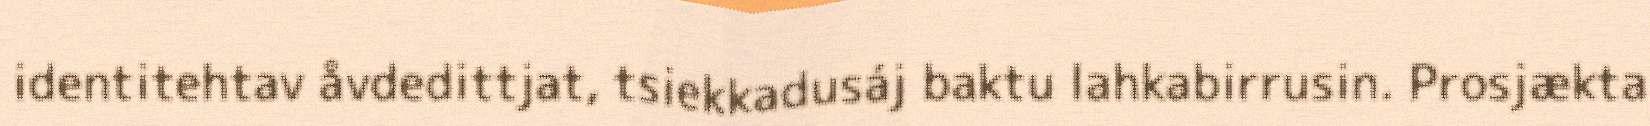
identitehtav åvdedittjat, tsiekkadusáj baktu lahkabirrusin. Prosjækta